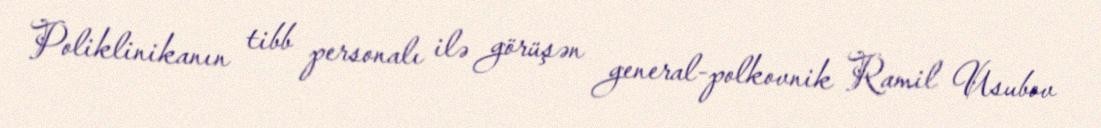
Poliklinikanın tibb personalı ilə görüşən general-polkovnik Ramil Usubov